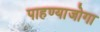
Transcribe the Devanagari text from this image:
पाहण्याजोगा